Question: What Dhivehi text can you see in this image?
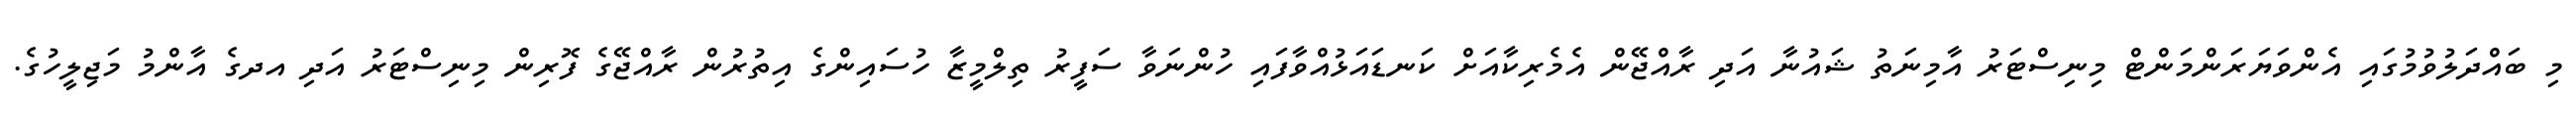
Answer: މި ބައްދަލުވުމުގައި އެންވަޔަރަންމަންޓް މިނިސްޓަރު އާމިނަތު ޝައުނާ އަދި ރާއްޖޭން އެމެރިކާއަށް ކަނޑައަޅުއްވާފައި ހުންނަވާ ސަފީރު ތިލްމީޒާ ހުސައިންގެ އިތުރުން ރާއްޖޭގެ ފޮރިން މިނިސްޓަރު އަދި އދގެ އާންމު މަޖިލީހުގެ.